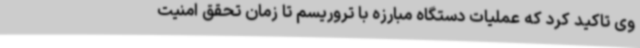
وی تاکید کرد که عملیات دستگاه مبارزه با تروریسم تا زمان تحقق امنیت